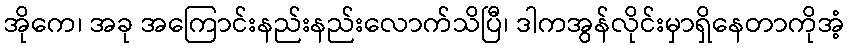
အိုကေ၊ အခု အကြောင်းနည်းနည်းလောက်သိပြီ၊ ဒါကအွန်လိုင်းမှာရှိနေတာကိုအံ့